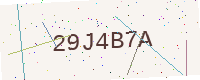
Text: 29J4B7A